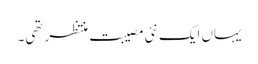
یہاں ایک نئی مصیبت منتظر تھی۔